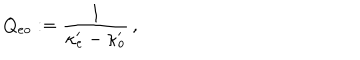
Q _ { e o } : = { \frac { 1 } { \kappa _ { e } ^ { \prime } - \kappa _ { o } ^ { \prime } } } \, ,